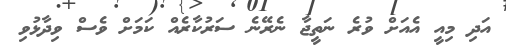
އަދި މިއީ އެއަށް ވުރެ ނަތީޖާ ނެރޭނެ ސަރުކާރެއް ކަމަށް ވެސް ވިދާޅުވި